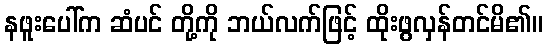
နဖူးပေါ်က ဆံပင် တို့ကို ဘယ်လက်ဖြင့် ထိုးဖွလှန်တင်မိ၏။